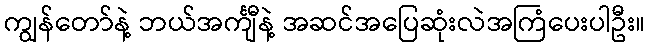
ကျွန်တော်နဲ့ ဘယ်အင်္ကျီနဲ့ အဆင်အပြေဆုံးလဲအကြံပေးပါဦး။